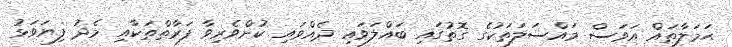
ޙަމަލާތައް އަވަސް މައްސަލަތަކުގެ ގޮތުގައި ބައްލަވައި ދެއްވައި ކުށްވެރިވާ ފަރާތްތަކާއި މެދު ފިޔަވަޅު